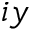
i y